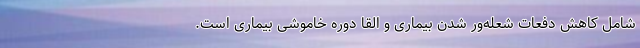
شامل کاهش دفعات شعله‌ور شدن بیماری و القا دوره خاموشی بیماری است.